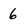
Character: 6